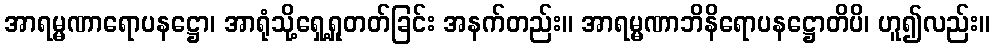
အာရမ္မဏာရောပနဋ္ဌော၊ အာရုံသို့ရှေ့ရှုတတ်ခြင်း အနက်တည်း။ အာရမ္မဏာဘိနိရောပနဋ္ဌောတိပိ၊ ဟူ၍လည်း။